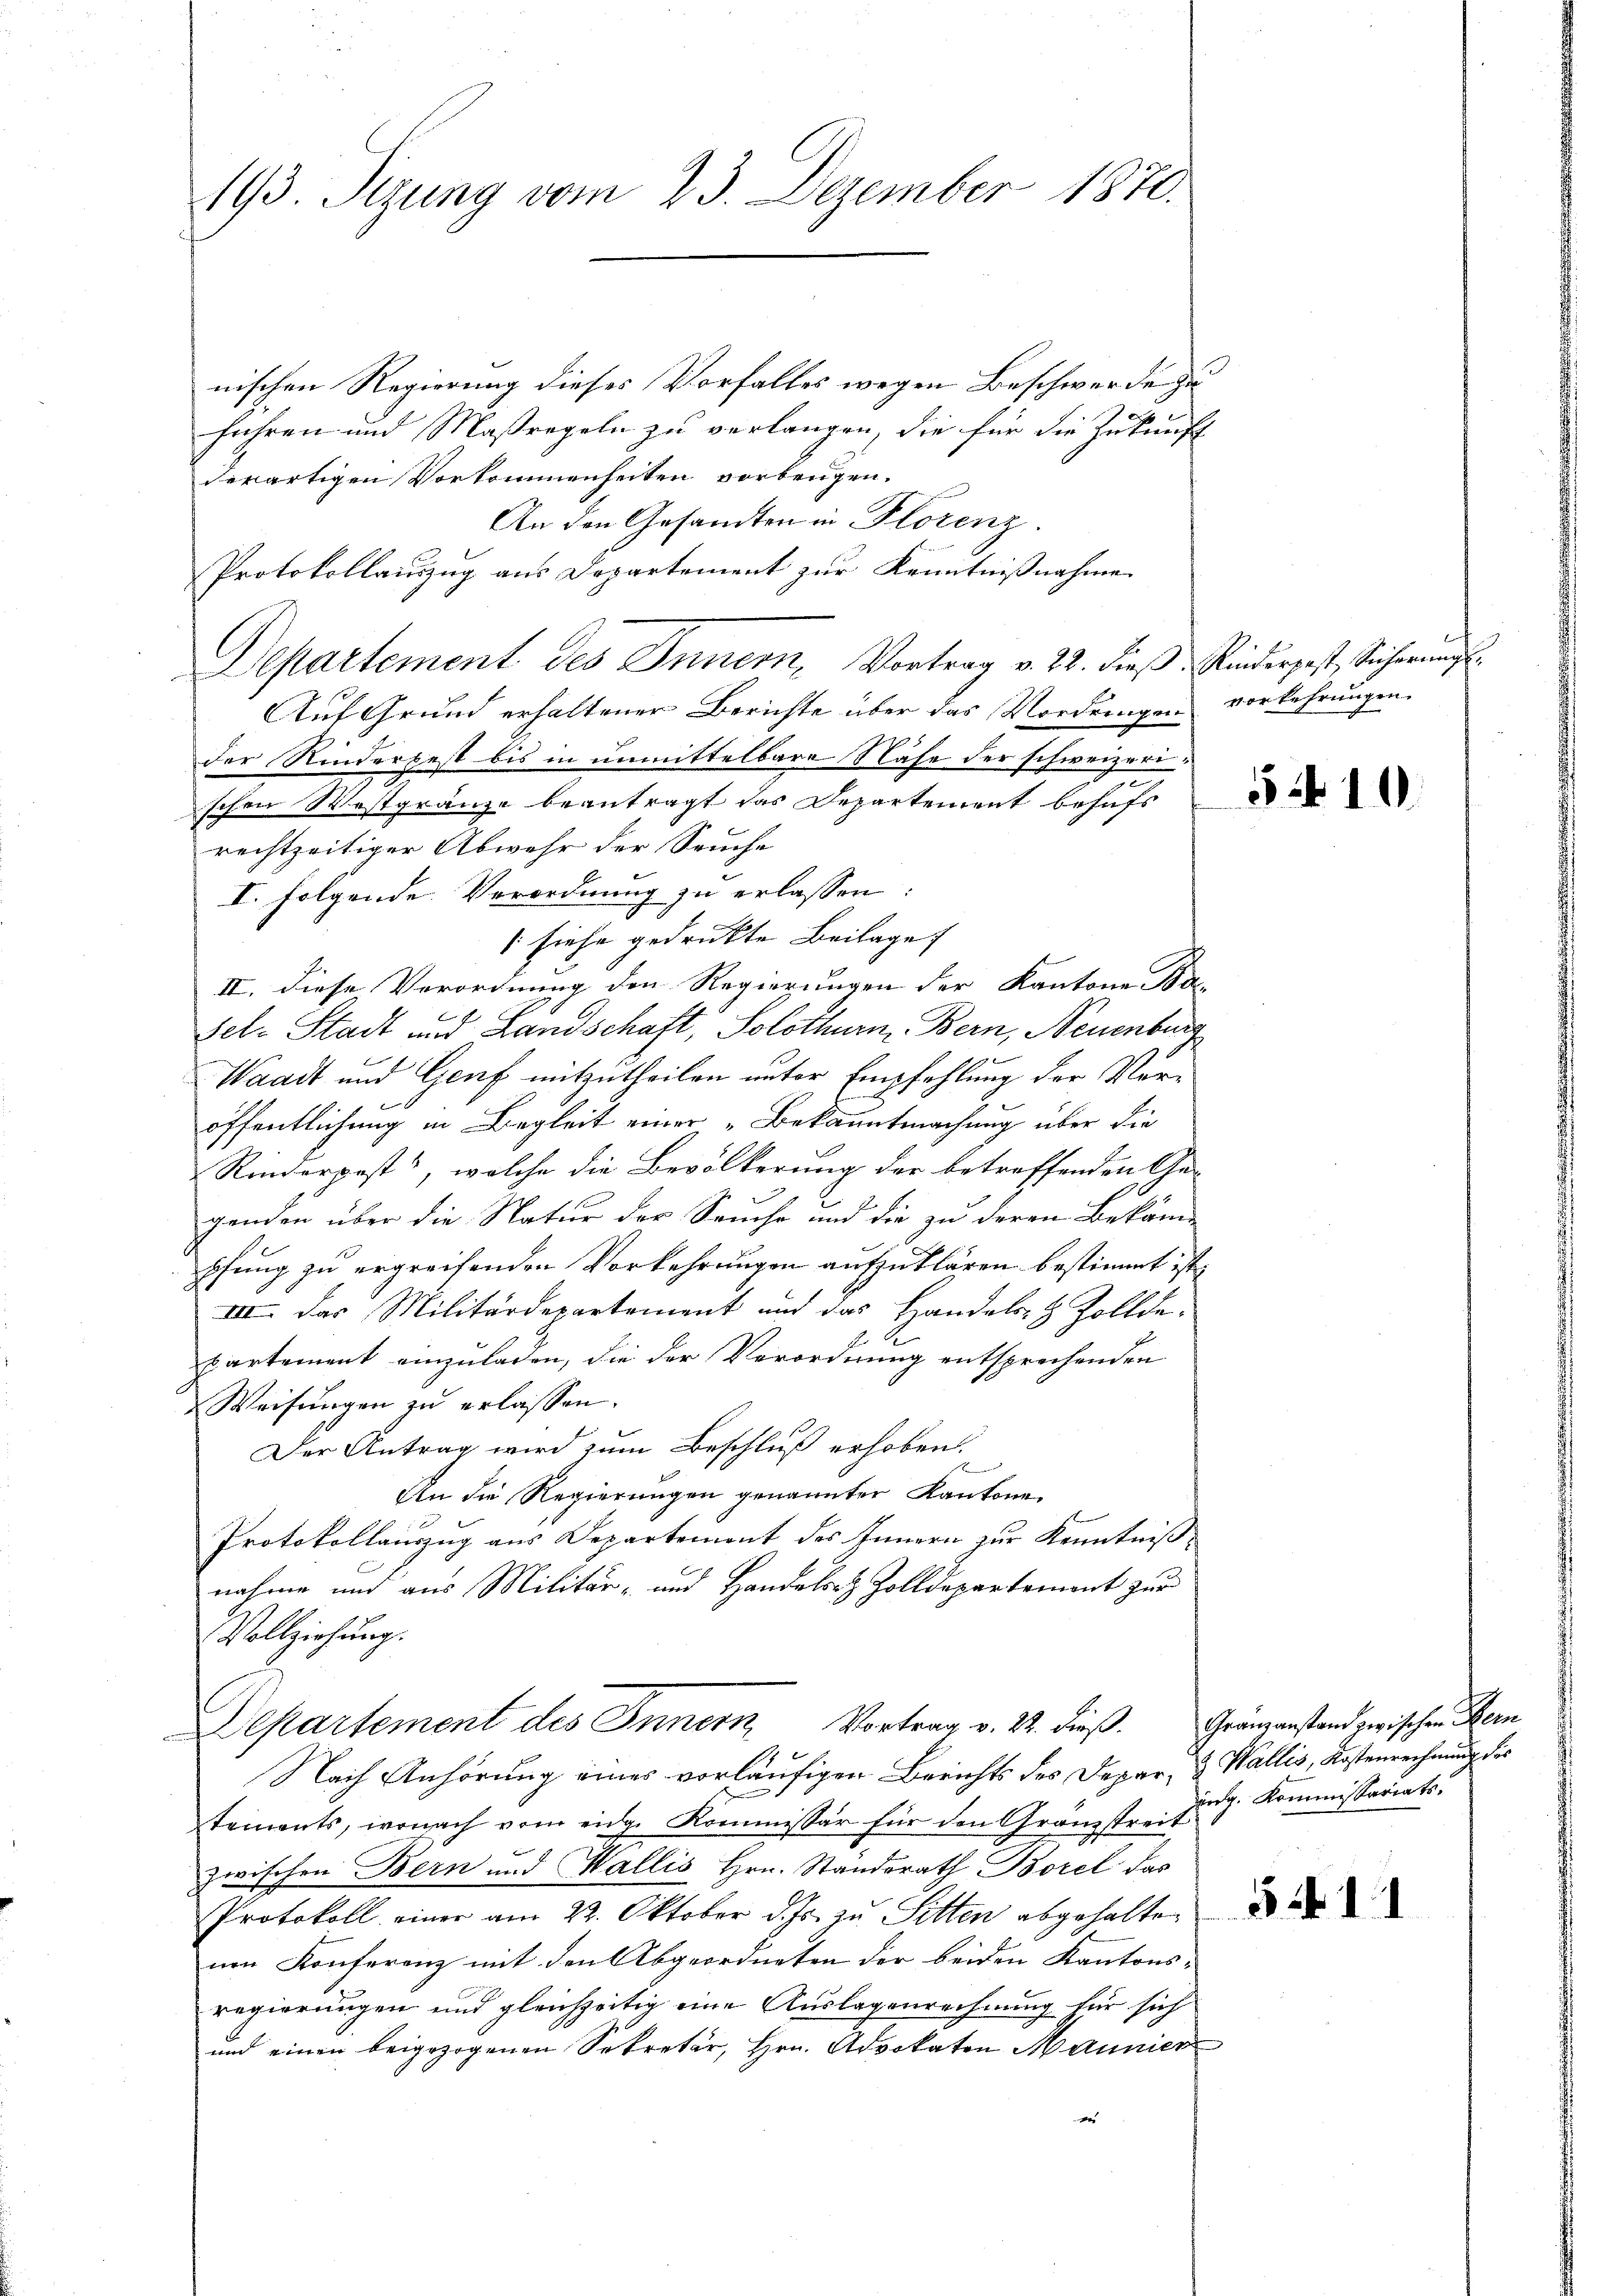
193. Sizung vom 23. Dezember 1870.

nischen Regierung dieses Vorfalles wegen Beschwerde zu
führen und Maßregeln zu verlangen, die für die Zukunft
derartigen Vorkommenheiten vorbeugen.
An den Gesandten in Florenz.
Protokollauszug aus Departement zur Kenntnißnahme
Departement des Innern, Vortrag v. 22. dieß. Rinderpest, Sicherung
Auf Grund erhaltener Berichte über das Vordringen vorkehrungen.
5
der Kinderbest bis in unmittelbare Nahe der schweizerischen Wostgränze beantragt das Departement behufs
rechtzeitiger Abwehr der Seuche
I. folgende Verordnung zu erlassen:
(siehe gedruckte Beilage
II. Diese Verordnung den Regierungen der Kantone a
Fel. Stadt und Landschaft, Solothurm Bern, Neuenburg
Waadt und Genf mitzutheilen unter Empfehlung der Voröffentlichung in Begleit einer „Bekanntmachung über die
Rinderpest, welche die Bevölkerung der betreffenden Ge¬
2
2
genden über die Natur der Seuche und die zu deren Bekäme
pfung zu ergreifenden Vorkehrungen aufzuklären bestimmt ist.
III. Das Militärdepartement und das Handels- & Zollde-
2
partement einzuladen, die der Verordnung entsprechenden
Weisungen zu erlassen.
Der Antrag wird zum Beschluß erhoben.
An die Regierungen genannter Kantone
Protokollauszug aus Departement des Innern zur Kenntniß
nahme und aus Militär- und Handels Zolldepartement zur
Vollziehung.
Departement des Innern, Vortrag v. 22. dieß. Gränzanstand zwischen Bern
l
Nach Anhörung eines vorläufigen Berichts des Depar- & Wallis, Kostenrechnung des
tements, wonach vom eidg. Kommissär für den Grämstre sog. Kommissariats-
zwischen Bern und Wallis Hrn. Standerath Borel das
Protokoll einer am 22. Oktober d. Js. zu Sitten abgehalten
nen Konferenz mit den Abgeordneten der beiden Kantonsregierungen und gleichzeitig eine Auslagenrechnung für sich
und einen beigezogenen Sekretär, Hrn. Advokaten Mannier
ver

510

31